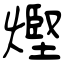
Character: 熞